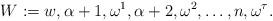
LaTeX: \begin{align*}W := w, \alpha + 1, \omega^1,\alpha+2,\omega^2, \dots, n, \omega^\tau.\end{align*}